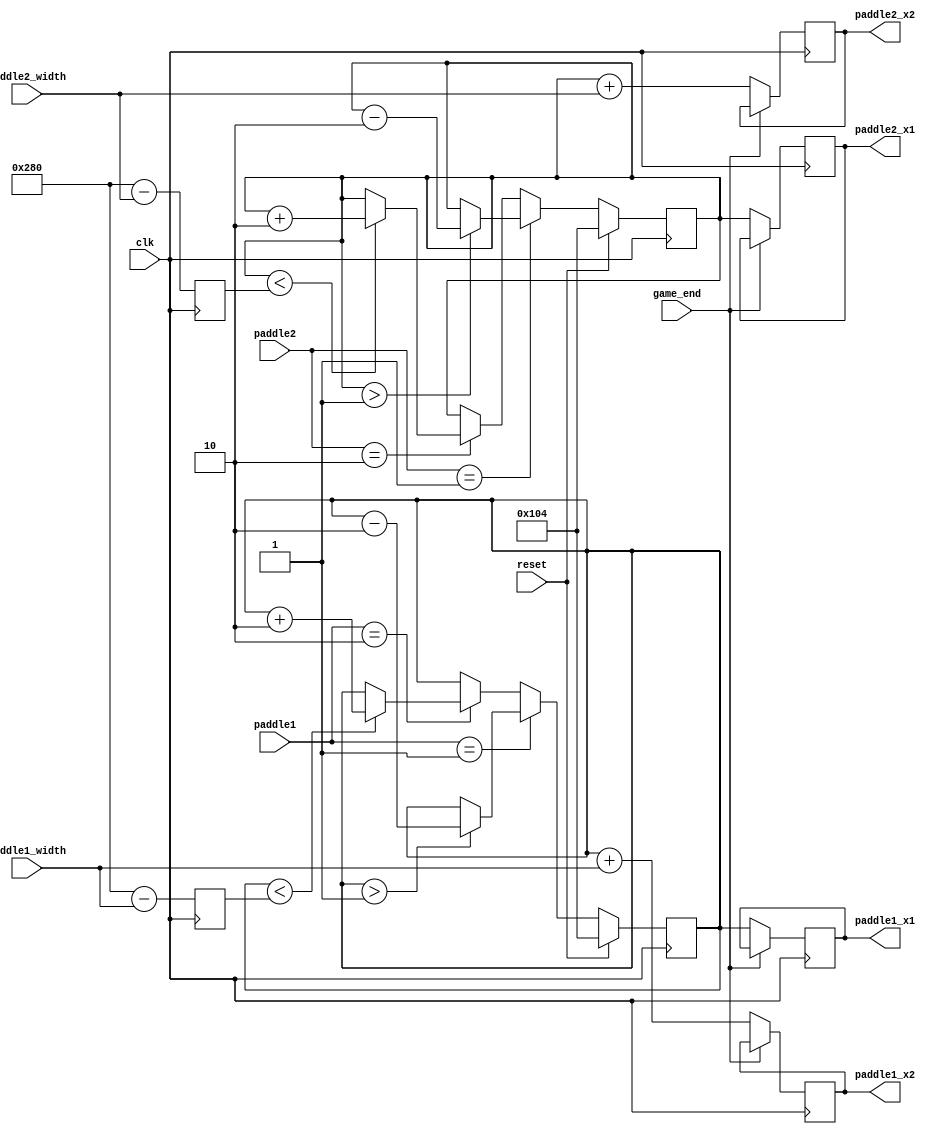
`timescale 1ns / 1ps
//////////////////////////////////////////////////////////////////////////////////
// Company: 
// Engineer: 
// 
// Design Name: 
// Module Name:    paddle_logic 
// Project Name: 
// Target Devices: 
// Tool versions: 
// Description: 
//
// Dependencies: 
//
// Revision: 
// Revision 0.01 - File Created
// Additional Comments: 
//
//////////////////////////////////////////////////////////////////////////////////
module paddle_logic(
    input[1:0] paddle1,
    input[1:0] paddle2,
    input clk,
    input reset,
	 input game_end,
	 input[9:0] paddle1_width,
	 input[9:0] paddle2_width,
    output reg[9:0] paddle1_x1,	//x coordinate of paddle 1
    output reg[9:0] paddle1_x2,	//ycoordinate of paddle 1
    output reg[9:0] paddle2_x1,	//x_1 coordinate of paddle 2
    output reg[9:0] paddle2_x2	//x_2 coordinate of paddle 2
);

parameter[1:0] left = 1;
parameter[1:0] right = 2;
reg[9:0] right_most1 = 640;
reg[9:0] right_most2 = 640;
parameter[9:0] paddle_default = 260;
parameter[9:0] paddle_width_default = 150;

parameter[9:0] distance = 2;

reg[9:0] paddle_1 = 100;
reg[9:0] paddle_2 = 100;

always @(posedge clk)
begin
    if(reset) begin
        paddle_1 <= paddle_default;
    end
    else 
    begin
        if(paddle1 == left) begin
            if(paddle_1 > 1)
                paddle_1 <= paddle_1 - distance;
            else
        paddle_1 <= paddle_1; end
        else if(paddle1 == right) begin
            if(paddle_1 < right_most1)
                paddle_1 <= paddle_1 + distance;
            else
        paddle_1 <= paddle_1; end
        else begin
        paddle_1 <= paddle_1; end
    end
end

always @(posedge clk)
begin
    if(reset) begin
        paddle_2 <= paddle_default;
    end
    else 
    begin
        if(paddle2 == left) begin
            if(paddle_2 > 1)
                paddle_2 <= paddle_2 - distance;
            else
        paddle_2 <= paddle_2; end
        else if(paddle2 == right) begin
            if(paddle_2 < right_most2)
                paddle_2 <= paddle_2 + distance;
            else
        paddle_2 <= paddle_2; end
        else begin
        paddle_2 <= paddle_2; end
    end
end

always @(posedge clk)
begin
	right_most1 <= 640 - paddle1_width;
	right_most2 <= 640 - paddle2_width;
    //if(!reset) 
    //begin
        paddle1_x1 <= game_end? paddle1_x1: paddle_1;
        paddle1_x2 <= game_end? paddle1_x2: (paddle_1 + paddle1_width);
        paddle2_x1 <= game_end? paddle2_x1:  paddle_2;
        paddle2_x2 <= game_end? paddle2_x2: (paddle_2 + paddle2_width);
    //end
    //else begin
    //    paddle1_x1 <= paddle_default;
    //    paddle1_x2 <= paddle_default + 150;
    //    paddle2_x1 <= paddle_default;
    //    paddle2_x2 <= paddle_default + 150;
   //end
end
endmodule